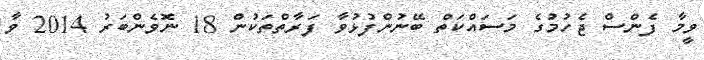
ވީމާ ފެންސް ޖެހުމުގެ މަސައްކަތް ބޭނުންފުޅުވާ ފަރާތްތަކުން 18 ނޮވެންބަރު 2014 ވާ